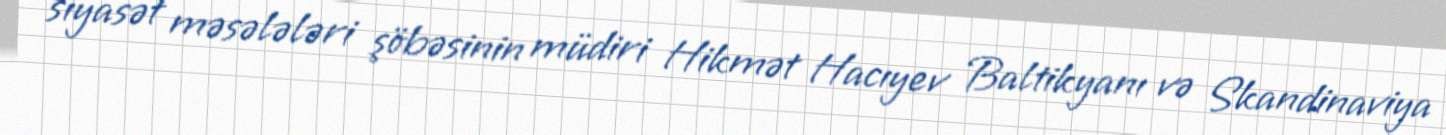
siyasət məsələləri şöbəsinin müdiri Hikmət Hacıyev Baltikyanı və Skandinaviya